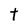
Character: t